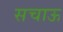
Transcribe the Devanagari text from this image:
सचाऊ